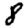
Digit: 8